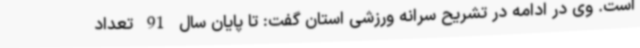
است. وی در ادامه در تشریح سرانه ورزشی استان گفت: تا پایان سال 91 تعداد